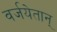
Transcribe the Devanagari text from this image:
वर्जयेतान्